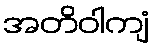
အတိဝါကျံ